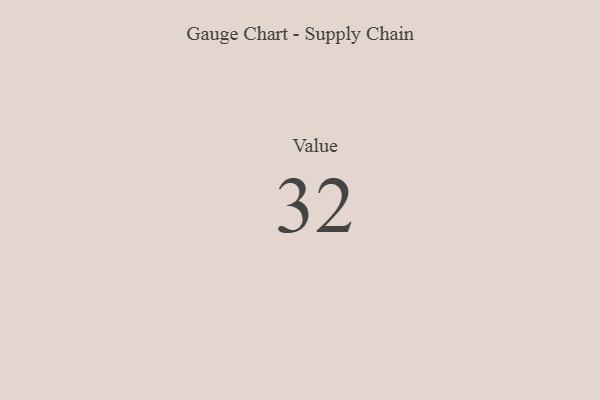
{"axis": {"x": "Metric", "y": "Value"}, "legend": [""], "data": [{"x": "Value", "y": 32, "type": ""}]}